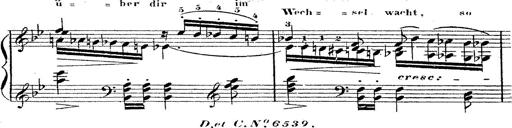
Title: 12 Lieder von Franz Schubert
Composer: Franz Liszt